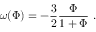
\omega ( \Phi ) = - { \frac { 3 } { 2 } } { \frac { \Phi } { 1 + \Phi } } \ .